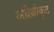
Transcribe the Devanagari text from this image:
अंग्रेज़ीकृत